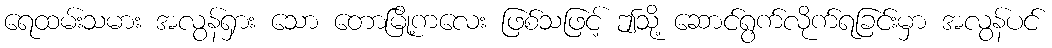
ရေထမ်းသမား အလွန်ရှား သော တောမြို့ကလေး ဖြစ်သဖြင့် ဤသို့ ဆောင်ရွက်လိုက်ရခြင်းမှာ အလွန်ပင်